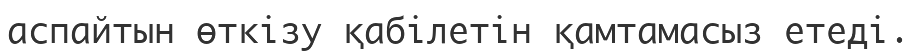
аспайтын өткізу қабілетін қамтамасыз етеді.